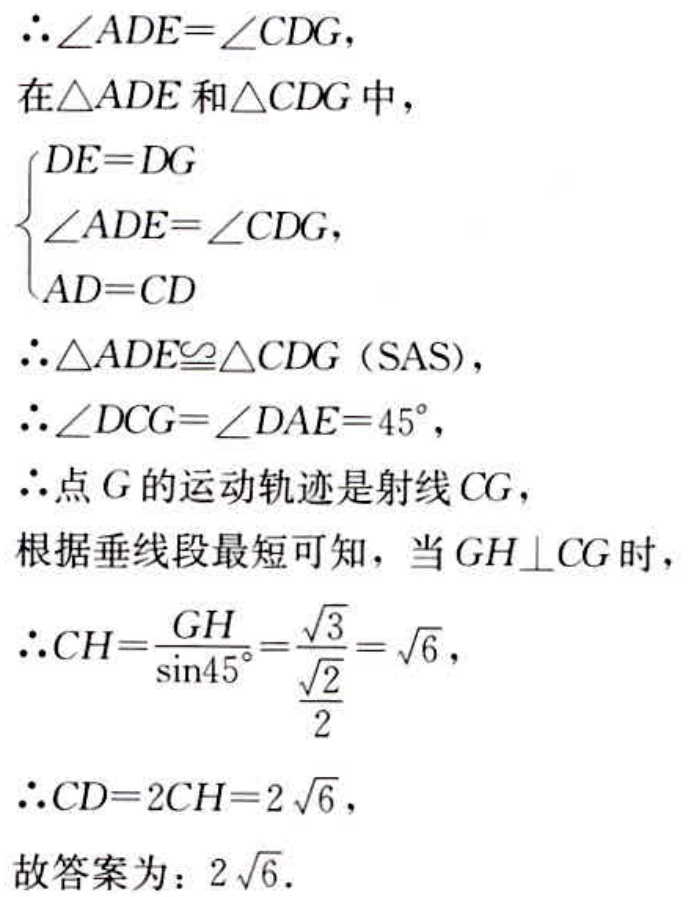
\(\therefore\angle ADE = \angle CDG\)，
在\(\triangle ADE\)和\(\triangle CDG\)中，
\(\begin{cases}
DE = DG \\
\angle ADE = \angle CDG, \\
AD = CD
\end{cases}\)
\(\therefore\triangle ADE\cong\triangle CDG\)（SAS），
\(\therefore\angle DCG=\angle DAE = 45^{\circ}\)，
\(\therefore\)点\(G\)的运动轨迹是射线\(CG\)，
根据垂线段最短可知，当\(GH\perp CG\)时，
\(\therefore CH=\frac{GH}{\sin45^{\circ}}=\frac{\sqrt{3}}{\frac{\sqrt{2}}{2}}=\sqrt{6}\)，
\(\therefore CD = 2CH=2\sqrt{6}\)，
故答案为：\(2\sqrt{6}\).